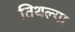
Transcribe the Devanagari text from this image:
तिथल्या